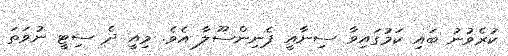
ކުރެވުނު ބައި ކަމުގައިވާ ސިނާއީ ޕެނިންސޫލާ އެވެ. މިއީ ދެ ސިޓީ ނުވަތަ